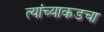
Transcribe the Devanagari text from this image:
त्यांच्याकडचा